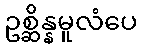
ဥစ္ဆိန္နမူလံပေ